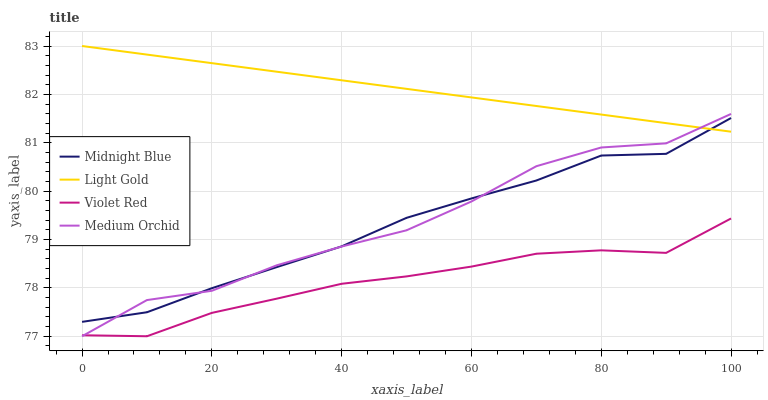
| xaxis_label | Midnight Blue | Light Gold | Violet Red | Medium Orchid |
 | --- | --- | --- | --- | --- |
 | 0 | 77.3 | 83 | 77 | 77 |
 | 10 | 77.5 | 82.8 | 77 | 77.7 |
 | 20 | 78 | 82.6 | 77.5 | 77.9 |
 | 30 | 78.4 | 82.5 | 77.8 | 78.5 |
 | 40 | 78.9 | 82.3 | 78.1 | 78.9 |
 | 50 | 79.4 | 82.1 | 78.2 | 79.2 |
 | 60 | 79.8 | 81.9 | 78.4 | 79.8 |
 | 70 | 80.2 | 81.8 | 78.7 | 80.5 |
 | 80 | 80.7 | 81.6 | 78.8 | 80.9 |
 | 90 | 80.8 | 81.4 | 78.7 | 81 |
 | 100 | 81.5 | 81.2 | 79.4 | 81.6 |